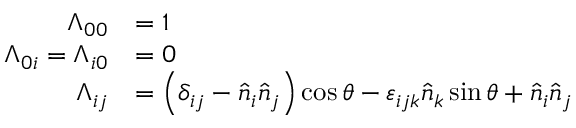
{ \begin{array} { r l } { \Lambda _ { 0 0 } } & { = 1 } \\ { \Lambda _ { 0 i } = \Lambda _ { i 0 } } & { = 0 } \\ { \Lambda _ { i j } } & { = \left( \delta _ { i j } - { \hat { n } } _ { i } { \hat { n } } _ { j } \right) \cos \theta - \varepsilon _ { i j k } { \hat { n } } _ { k } \sin \theta + { \hat { n } } _ { i } { \hat { n } } _ { j } } \end{array} }